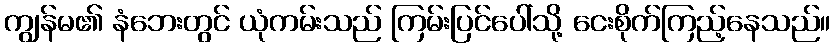
ကျွန်မ၏ နံဘေးတွင် ယုံကမ်းသည် ကြမ်းပြင်ပေါ်သို့ ငေးစိုက်ကြည့်နေသည်။